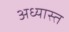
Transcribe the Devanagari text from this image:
अध्यास्त